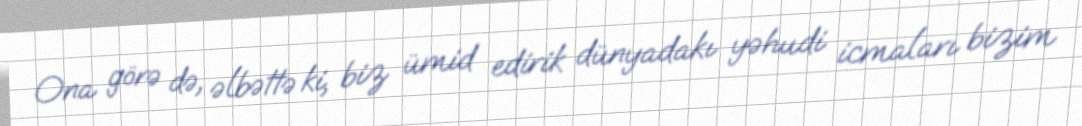
Ona görə də, əlbəttə ki, biz ümid edirik dünyadakı yəhudi icmaları bizim